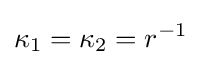
\kappa _{1}=\kappa _{2}=r^{-1}